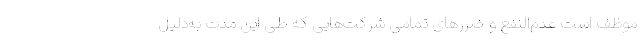
موظف است عدم‌النفع و ضررهای تمامی شرکت‌هایی که طی این مدت به‌دلیل